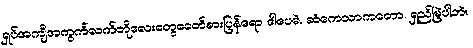
ရှပ်အကျီအကွက်လက်တိုလေးတွေခေတ်စားပြန်ရော ဒါပေမဲ. ဆံကေသာကတော. ရှည်မြဲပါဘဲ။